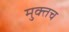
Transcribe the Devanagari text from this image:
मुक्तच